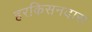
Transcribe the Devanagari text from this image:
हरकिसनदास